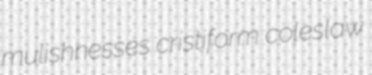
mulishnesses cristiform coleslaw